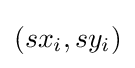
\left(sx_{i},sy_{i}\right)